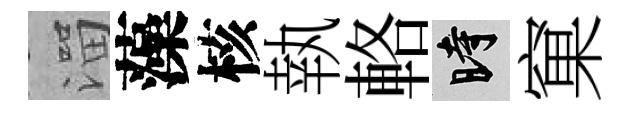
溜藻核執輅时窠